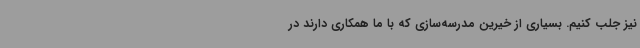
نیز جلب کنیم. بسیاری از خیرین مدرسه‌سازی که با ما همکاری دارند در